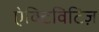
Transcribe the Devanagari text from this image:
ऐक्टिविटिज़